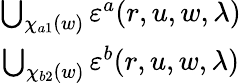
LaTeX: \begin{array}{cc}{\bigcup_{\chi_{a1}(w)}\varepsilon^{a}(r,u,w,\lambda)}\\ {\bigcup_{\chi_{b2}(w)}\varepsilon^{b}(r,u,w,\lambda)}\end{array}